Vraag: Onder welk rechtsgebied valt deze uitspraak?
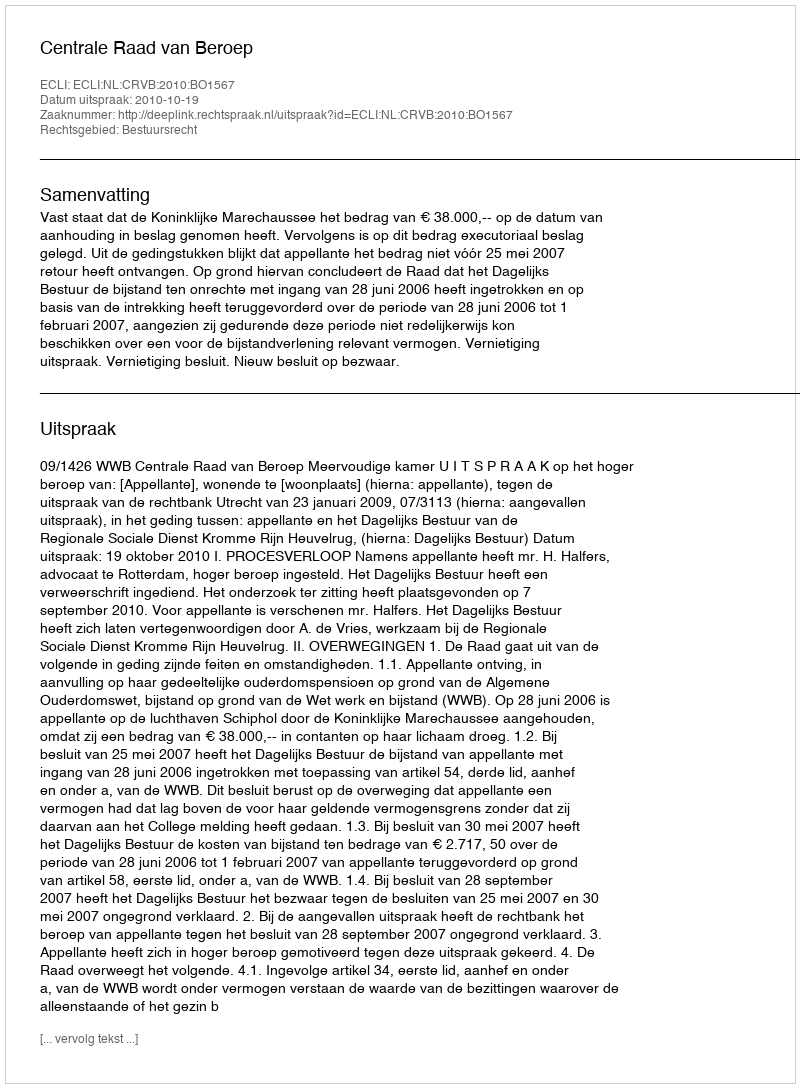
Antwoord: Bestuursrecht